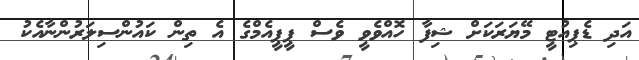
އަދި ޑެޕިއުޓީ މޭޔަރަކަށް ޝިފާ ހޮއްވެވީ ވެސް ޕީޕީއެމްގެ އެ ތިން ކައުންސިލަރުންނާއެކު